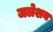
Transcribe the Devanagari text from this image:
जलेशय